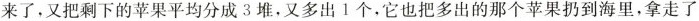
来了，又把剩下的苹果平均分成3堆，又多出1个，它也把多出的那个苹果扔到海里，拿走了